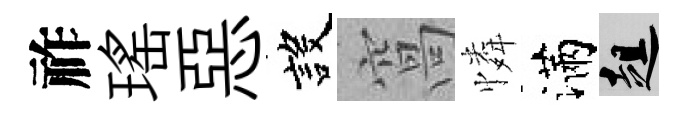
祚瑤惡設窩憐滿趄